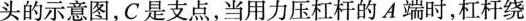
头的示意图，C 是支点，当用力压杠杆的 A 端时，杠杆绕